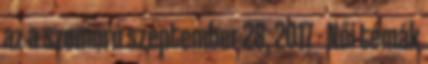
az a szomorú szeptember 28, 2017 - Női témák